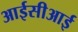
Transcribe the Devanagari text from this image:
आईसीआई